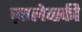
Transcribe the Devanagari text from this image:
ज़ालेव्स्की